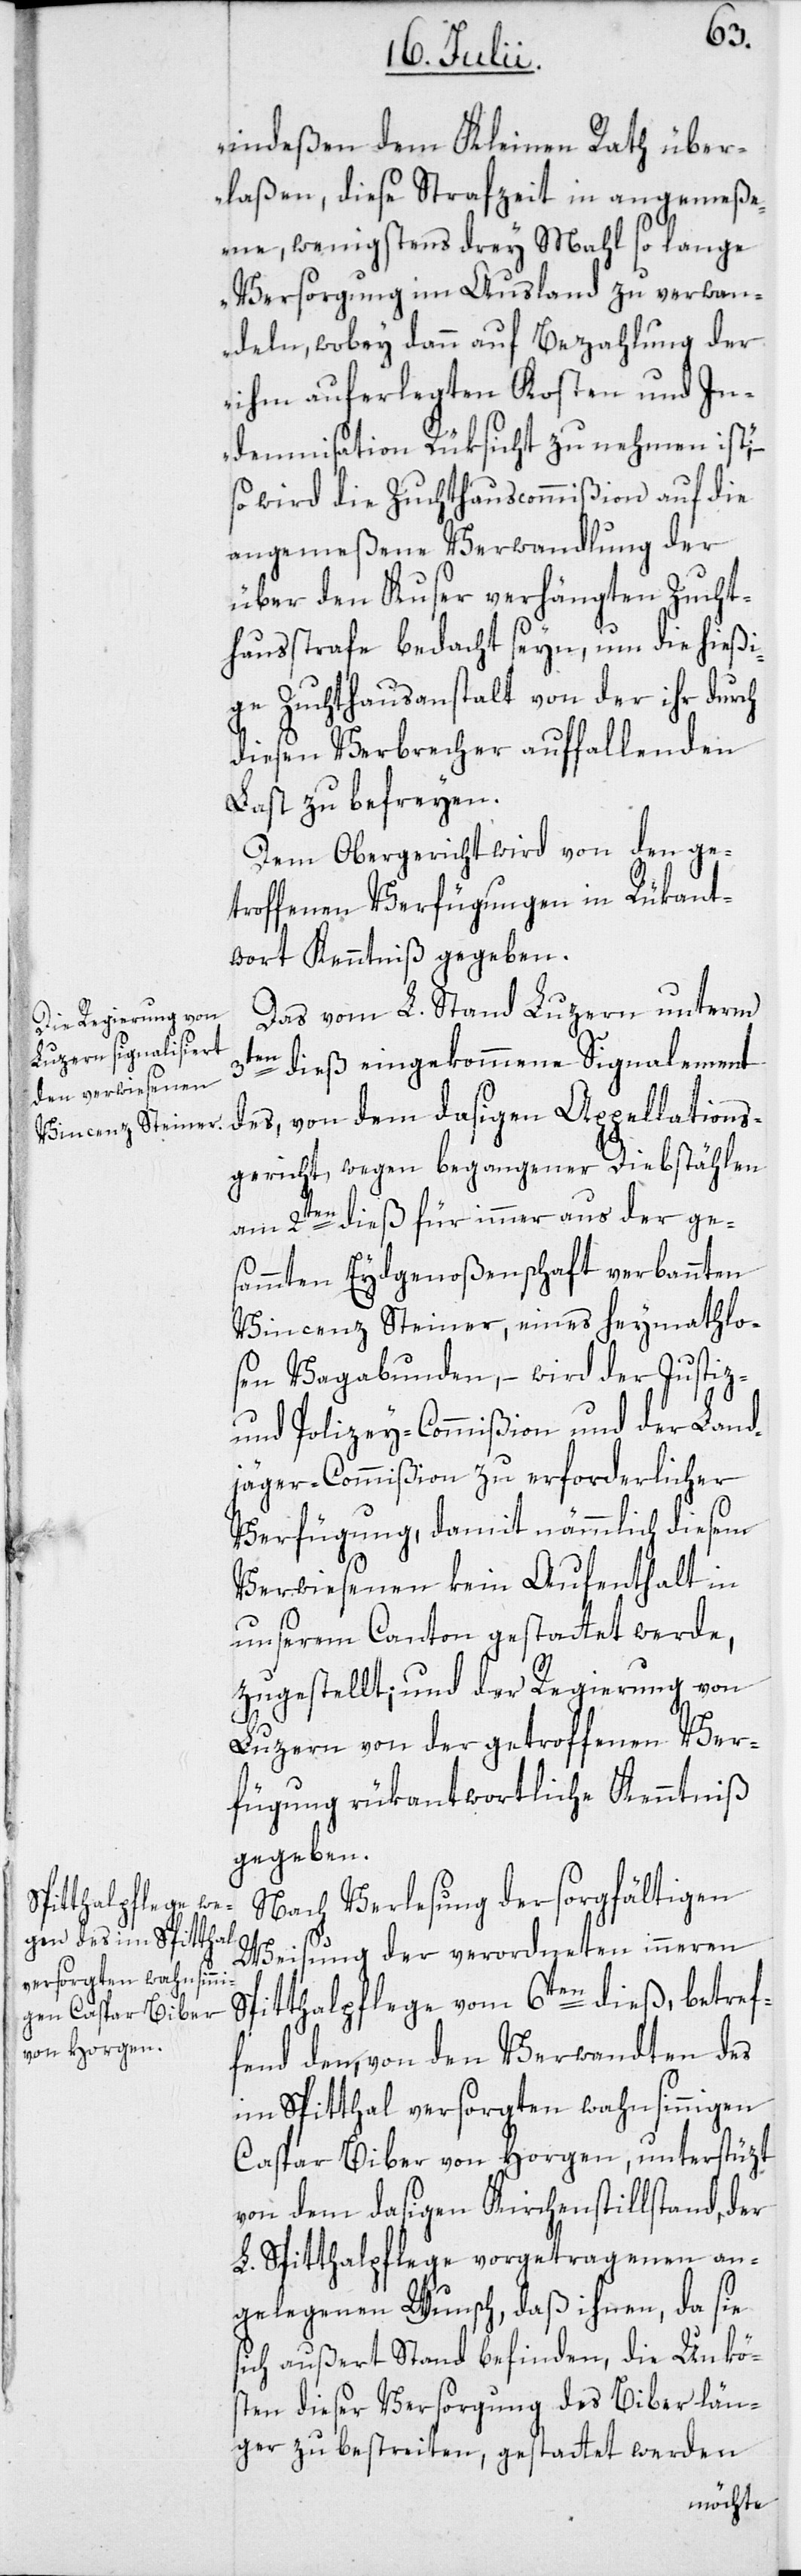
verhängten Zucht¬

indeßen dem Kleinen Rath über¬
laßen, diese Strafzeit in angemeße¬
ne, wenigstens drey Mahl so lange
Versorgung im Ausland zu verwan¬
deln, wobey dann auf Bezahlung der
ihm auferlegten Kosten und In¬
demnisation Rüksicht zu nehmen ist;“
so wird die Zuchthauscommißion auf die
angemeßene Verwandlung der
hausstrafe bedacht seyn, um die hießi¬
ge Zuchthausanstalt von der ihr durch
diesen Verbrecher auffallenden
Last zu befreyen.
Dem Obergericht wird von den ge¬
troffenen Verfügungen in Rükant¬
wort Kenntniß gegeben.
Das vom L. Stand Luzern unterm
3te¬
n dieß eingekommene Signalement
des, von dem dasigen Appellations¬
gericht, wegen begangener Diebstählen
am 2ten dieß für immer aus der ge¬
sammten Eydgenoßenschaft verbannten
Vincenz Steiner, eines heymathlo¬
sen Vagabunden, – wird der Justiz-
und Polizey-Commißion und der Land¬
jäger-Commißion zu erforderlicher
Verfügung, damit nämmlich diesem
Verwiesenen kein Aufenthalt in
unserem Canton gestattet werde,
zugestellt; und der Regierung von
Luzern von der getroffenen Ver¬
fügung rükantwortliche Kenntniß
gegeben.
Nach Verlesung der sorgfältigen
Weisung der verordneten inneren
Spitthalpflege vom 6ten dieß, betref¬
fend dem, von den Verwandten des
im Spitthal versorgten wahnsinnigen
Caspar Biber von Horgen, unterstüzt
von dem dasigen Kirchenstillstand, der
L. Spitthalpflege vorgetragenen an¬
gelegenen Wunsch, daß ihnen, da sie
sich außert Stand befinden, die Unkö¬
sten dieser Versorgung des Biber län¬
ger zu bestreiten, gestattet werden